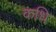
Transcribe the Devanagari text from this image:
कधि